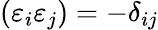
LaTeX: (\varepsilon_{i}\varepsilon_{j})=-\delta_{ij}